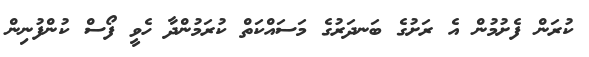
ކުރަން ފެށުމުން އެ ރަށުގެ ބަނދަރުގެ މަސައްކަތް ކުރަމުންދާ ހެވީ ފޯސް ކުންފުނިން